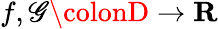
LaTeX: f,\mathscr{G}\colonD\rightarrow\mathbf{{R}}